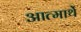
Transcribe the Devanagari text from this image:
आत्मार्थे